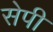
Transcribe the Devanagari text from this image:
सेपी